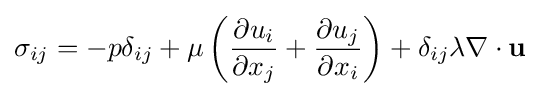
\sigma _{ij}=-p\delta _{ij}+\mu \left({\frac {\partial u_{i}}{\partial x_{j}}}+{\frac {\partial u_{j}}{\partial x_{i}}}\right)+\delta _{ij}\lambda \nabla \cdot \mathbf {u}